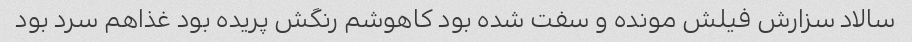
سالاد سزارش فیلش مونده و سفت شده بود کاهوشم رنگش پریده بود غذاهم سرد بود